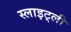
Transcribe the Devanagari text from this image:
स्लाइट्ली